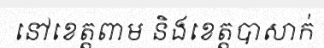
នៅខេត្តពាម និងខេត្តបាសាក់